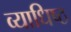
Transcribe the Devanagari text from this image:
व्याधिष्ठ